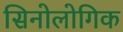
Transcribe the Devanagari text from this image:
सिनोलोगिक